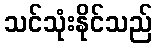
သင်သုံးနိုင်သည်